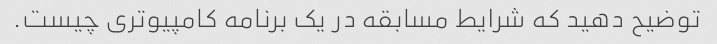
توضیح دهید که شرایط مسابقه در یک برنامه کامپیوتری چیست.